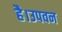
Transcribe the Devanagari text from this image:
है।उपवन